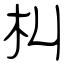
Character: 朻